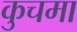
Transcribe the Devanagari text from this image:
कुचमा